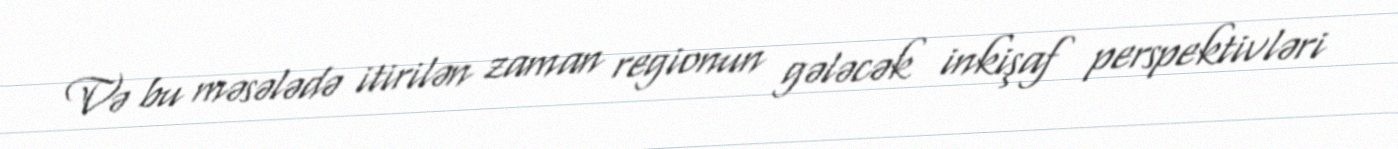
Və bu məsələdə itirilən zaman regionun gələcək inkişaf perspektivləri